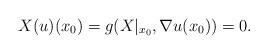
LaTeX: \begin{align*}X(u)(x_{0}) = g(X|_{x_{0}},\nabla u(x_{0})) =0.\end{align*}